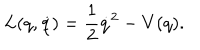
LaTeX: L ( q , \dot { q } ) = \frac { 1 } { 2 } \dot { q } ^ { 2 } - V ( q ) .